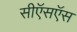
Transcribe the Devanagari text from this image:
सीऍसऍस